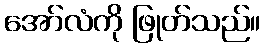
အော်လံကို ဖြုတ်သည်။